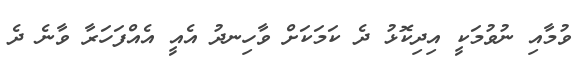
ވުމާއި ނުވުމަކީ އިދިކޮޅު ދެ ކަމަކަށް ވާހިނދު އެއީ އެއްފަހަރާ ވާނެ ދެ